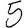
Digit: 5